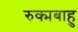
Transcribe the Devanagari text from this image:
रुक्मबाहु